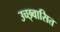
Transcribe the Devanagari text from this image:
उच्छ्वासित